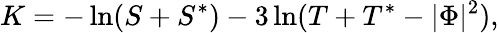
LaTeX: K=-\ln(S+S^{*})-3\ln(T+T^{*}-|\Phi|^{2}),